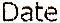
DATE